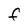
Character: F